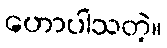
ဟောပါသတဲ့။